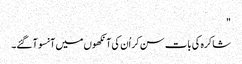
"
شاکرہ کی بات سن کر اُن کی آنکھوں میں آنسو آ گئے۔